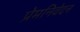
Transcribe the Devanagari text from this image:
प्रेमनिवेदन